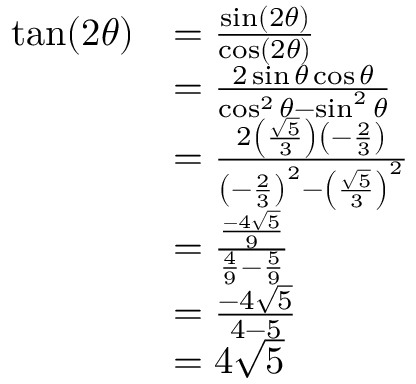
\begin{array} { r l } { \tan ( 2 \theta ) } & { = \frac { \sin ( 2 \theta ) } { \cos ( 2 \theta ) } } \\ & { = \frac { 2 \sin \theta \cos \theta } { \cos ^ { 2 } \theta - \sin ^ { 2 } \theta } } \\ & { = \frac { 2 \left( \frac { \sqrt { 5 } } { 3 } \right) \left( - \frac { 2 } { 3 } \right) } { \left( - \frac { 2 } { 3 } \right) ^ { 2 } - \left( \frac { \sqrt { 5 } } { 3 } \right) ^ { 2 } } } \\ & { = \frac { \frac { - 4 \sqrt { 5 } } { 9 } } { \frac { 4 } { 9 } - \frac { 5 } { 9 } } } \\ & { = \frac { - 4 \sqrt { 5 } } { 4 - 5 } } \\ & { = 4 \sqrt { 5 } } \end{array}